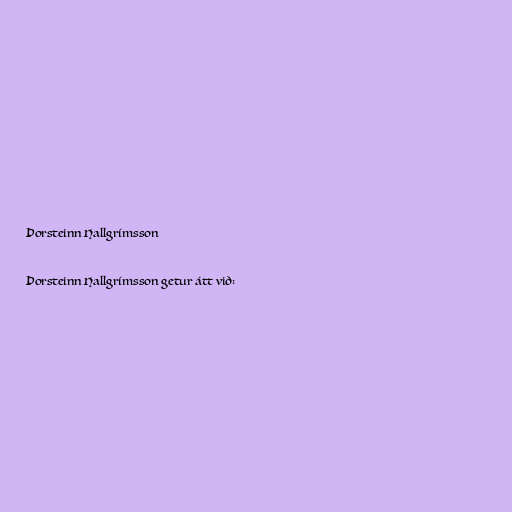
Þorsteinn Hallgrímsson

Þorsteinn Hallgrímsson getur átt við: